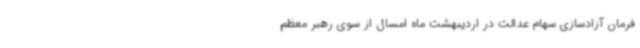
فرمان آزادسازی سهام عدالت در اردیبهشت ماه امسال از سوی رهبر معظم